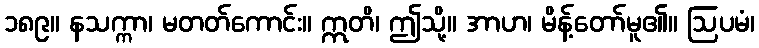
၁၈၉။ နသက္ကာ၊ မတတ်ကောင်း။ ဣတိ၊ ဤသို့။ အာဟ၊ မိန့်တော်မူ၏။ ဩပမံ၊